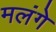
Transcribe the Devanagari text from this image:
मलंगे